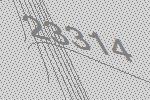
23314